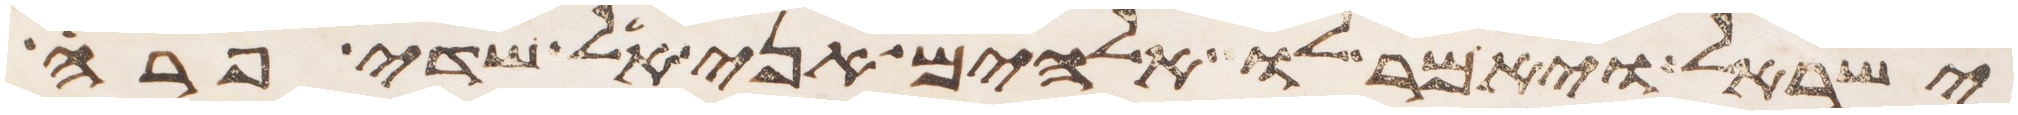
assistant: ישראל ויאמר לו אלהים אני אל שדי פרה